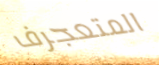
المتعجرف